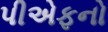
પીએફનો